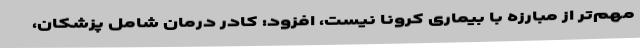
مهم‌تر از مبارزه با بیماری کرونا نیست، افزود: کادر درمان شامل پزشکان،